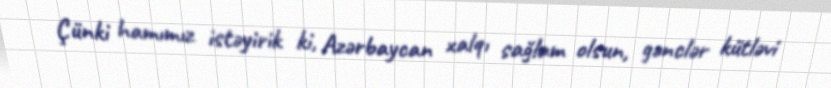
Çünki hamımız istəyirik ki, Azərbaycan xalqı sağlam olsun, gənclər kütləvi